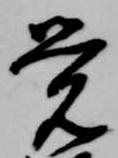
覚